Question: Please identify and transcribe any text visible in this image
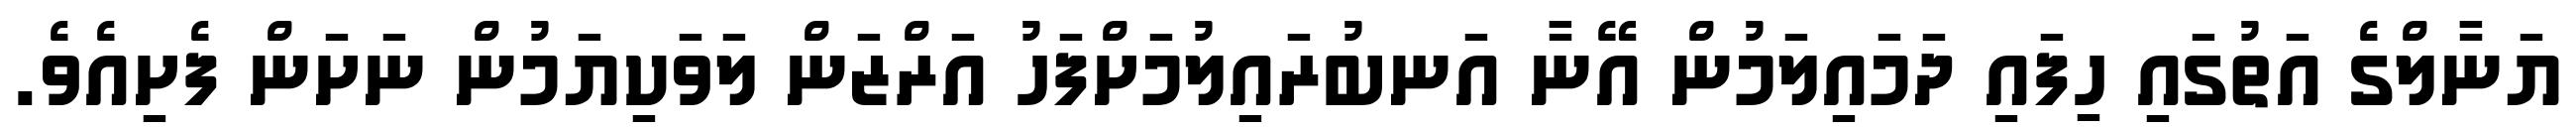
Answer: ޔަނާލްގެ އަތުގައި ހިފައި ދަމައިލަމުން އޭނާ އަނބުރައިލުމަށްފަހު އަރްޒަން ލަވަކިޔަމުން ނަށަން ފެށިއެވެ.